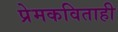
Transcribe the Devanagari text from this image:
प्रेमकविताही